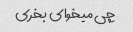
چی میخوای بخری